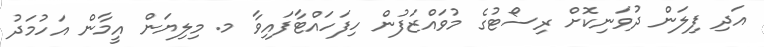
އަދި ފިލަން ދުވަނިކޮށް ރިސޯޓުގެ މުވައްޒަފުން ހިފަހައްޓާފައިވާ މ. މިލިޔަން އީމާން އަހުމަދު